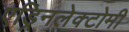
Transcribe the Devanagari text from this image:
एड्रिनलेक्टोमी